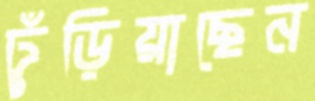
ঢুঁড়িয়াছেন